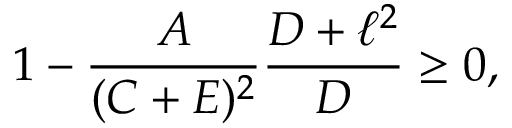
1 - { \frac { A } { ( C + E ) ^ { 2 } } } { \frac { D + \ell ^ { 2 } } { D } } \geq 0 ,